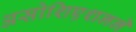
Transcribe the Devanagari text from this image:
असोशिएशनने